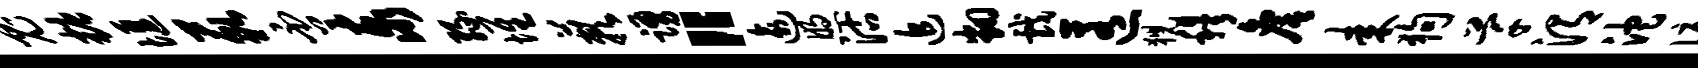
鬼糖堰藐否泰缘堆蔌踊“逾煦沽追翻戏匿猊穆詹耒狗芊渭沱泪